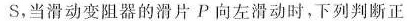
s，当滑动变阻器的滑片P向左滑动时，下列判断正